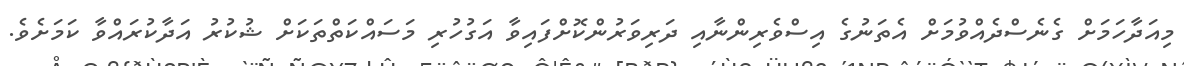
މިއަދާހަމަށް ގެނެސްދެއްވުމަށް އެތަނުގެ އިސްވެރިންނާއި ދަރިވަރުންކޮށްފައިވާ އަގުހުރި މަސައްކަތްތަކަށް ޝުކުރު އަދާކުރައްވާ ކަމަށެވެ.